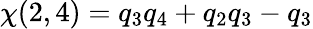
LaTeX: \chi(2,4)=q_{3}q_{4}+q_{2}q_{3}-q_{3}